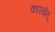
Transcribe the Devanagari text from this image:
कारयेत्‌